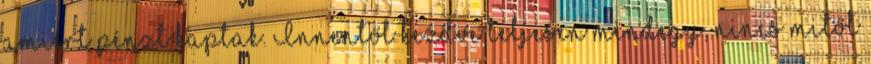
amiért pénzt kaptak. Innentől kezdve teljesen mindegy, nincs mitől